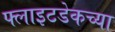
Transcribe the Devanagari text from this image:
फ्लाइटडेकच्या